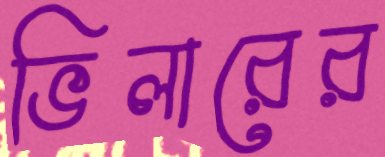
ভিলারের